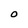
Character: O